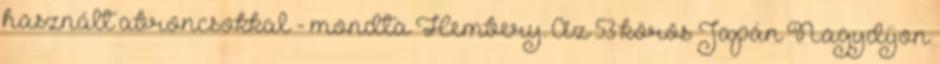
használt abroncsokkal”- mondta Hembery. Az 53 körös Japán Nagydíjon